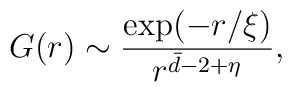
G(r)\sim \frac{\exp (-r/\xi)}{r^{\bar{d}-2+\eta}},